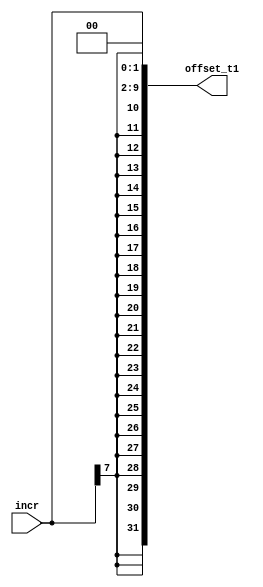
module Offset_calculator(incr,offset_t1);

	input [7:0]incr;
	output [31:0] offset_t1;
	reg [9:0] offset;
	reg [31:0]offset_t =32'b0;
	
	
	always @(*)
	begin
		offset ={incr,2'b00}; //shift left by 2
		offset_t =  $signed(offset) ; //sign extend to 32 bits
	end
	//return calculated offset value
	assign offset_t1=offset_t;
endmodule